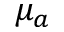
\mu _ { a }